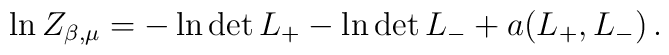
\ln Z_{\beta,\mu}=-\ln\det  L_+ -\ln\det L_-+a(L_+,L_-)\,.